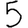
Digit: 5